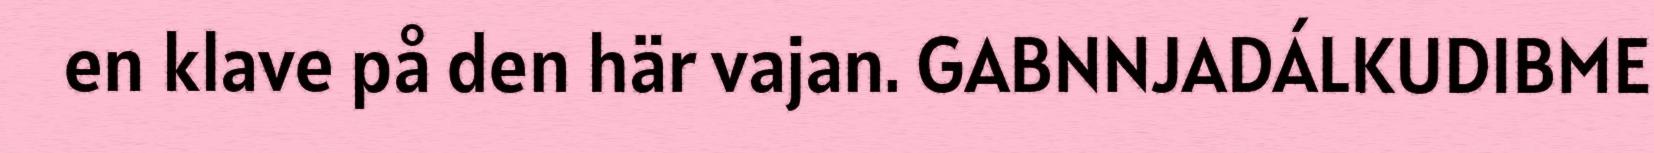
en klave på den här vajan. GABNNJADÁLKUDIBME